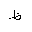
Letter: _za